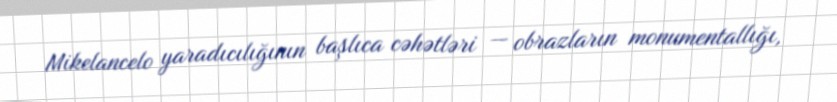
Mikelancelo yaradıcılığının başlıca cəhətləri — obrazların monumentallığı,